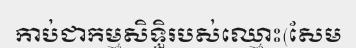
កាប់ជាកម្មសិទ្ធិរបស់ឈ្មោះ(សែម